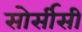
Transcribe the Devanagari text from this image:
सोर्सीसी